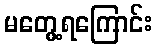
မတွေ့ရကြောင်း